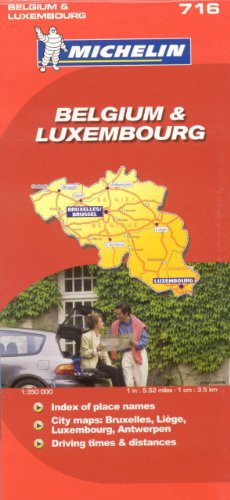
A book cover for Michelin Map Belgium Luxembourg  716 (Maps/Country (Michelin)); Michelin; Travel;